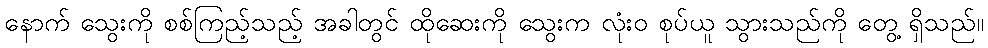
နောက် သွေးကို စစ်ကြည့်သည့် အခါတွင် ထိုဆေးကို သွေးက လုံးဝ စုပ်ယူ သွားသည်ကို တွေ့ ရှိသည်။